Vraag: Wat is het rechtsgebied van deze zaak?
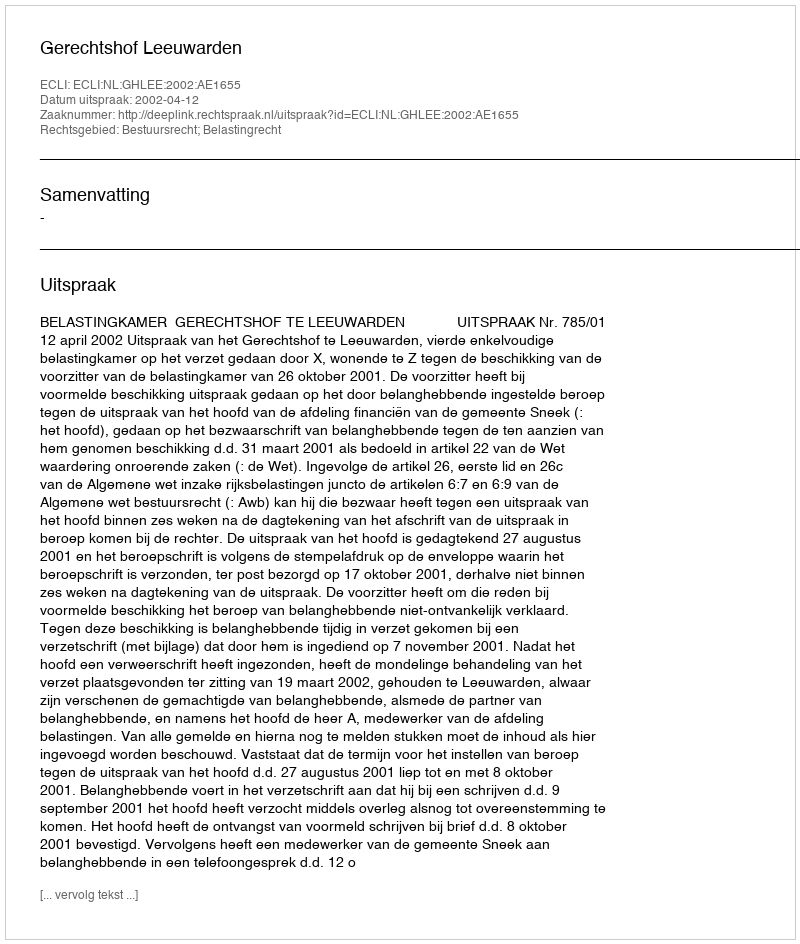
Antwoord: Bestuursrecht; Belastingrecht